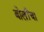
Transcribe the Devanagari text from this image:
बोलींचा